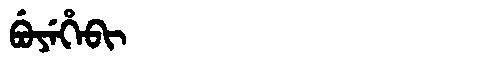
Manchu: ᠪᡠᠶᡝᡥᡝᠪᡳ
Romanization: BUYEHEBI